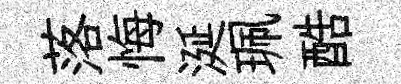
落悔涎珮酷